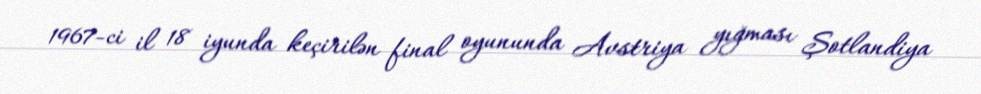
1967-ci il 18 iyunda keçirilən final oyununda Avstriya yığması Şotlandiya